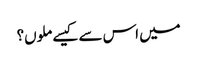
میں اس سے کیسے ملوں؟